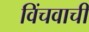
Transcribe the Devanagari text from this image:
विंचवाची